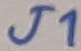
Text: J1